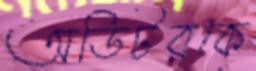
অডিটরকে